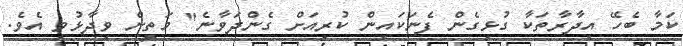
ކަމާ ބެހޭ އިދާރާތަކާ ގުޅިގެން ފެނަކައިން ކުރިއަށް ގެންދަވާނެ" މަތީން ވިދާޅުވި އެވެ.